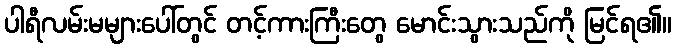
ပါရီလမ်းမများပေါ်တွင် တင့်ကားကြီးတွေ မောင်းသွားသည်ကို မြင်ရ၏။